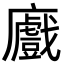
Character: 𢋼